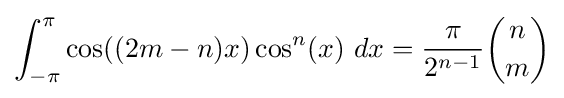
\int _{-\pi }^{\pi }\cos((2m-n)x)\cos ^{n}(x)\ dx={\frac {\pi }{2^{n-1}}}{\binom {n}{m}}